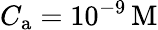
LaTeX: C_{\mathrm{a}}=10^{-9}\, \mathrm{M}